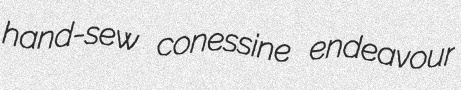
hand-sew conessine endeavour